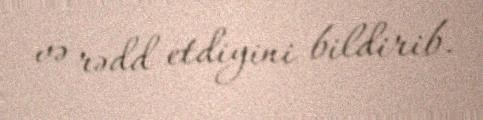
və rədd etdiyini bildirib.